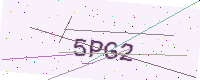
Text: 5PG2